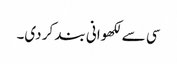
سی سے لکھوانی بند کر دی۔